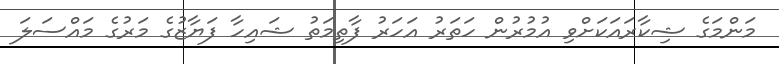
މަންމަގެ ޝިކާރައަކަށްވި އުމުރުން ހަތަރު އަހަރު ފާތިމަތު ޝައިހާ ފަޔާޒުގެ މަރުގެ މައްސަލަ